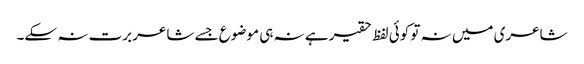
شاعری میں نہ تو کوئی لفظ حقیر ہے نہ ہی موضوع جسے شاعر برت نہ سکے۔